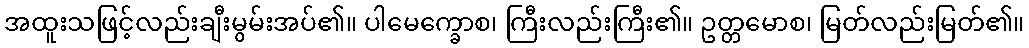
အထူးသဖြင့်လည်းချီးမွမ်းအပ်၏။ ပါမေက္ခောစ၊ ကြီးလည်းကြီး၏။ ဥတ္တမောစ၊ မြတ်လည်းမြတ်၏။